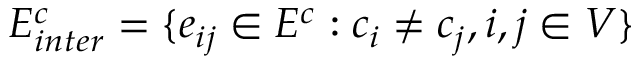
E _ { i n t e r } ^ { c } = \{ e _ { i j } \in E ^ { c } : c _ { i } \ne c _ { j } , i , j \in V \}